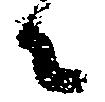
々